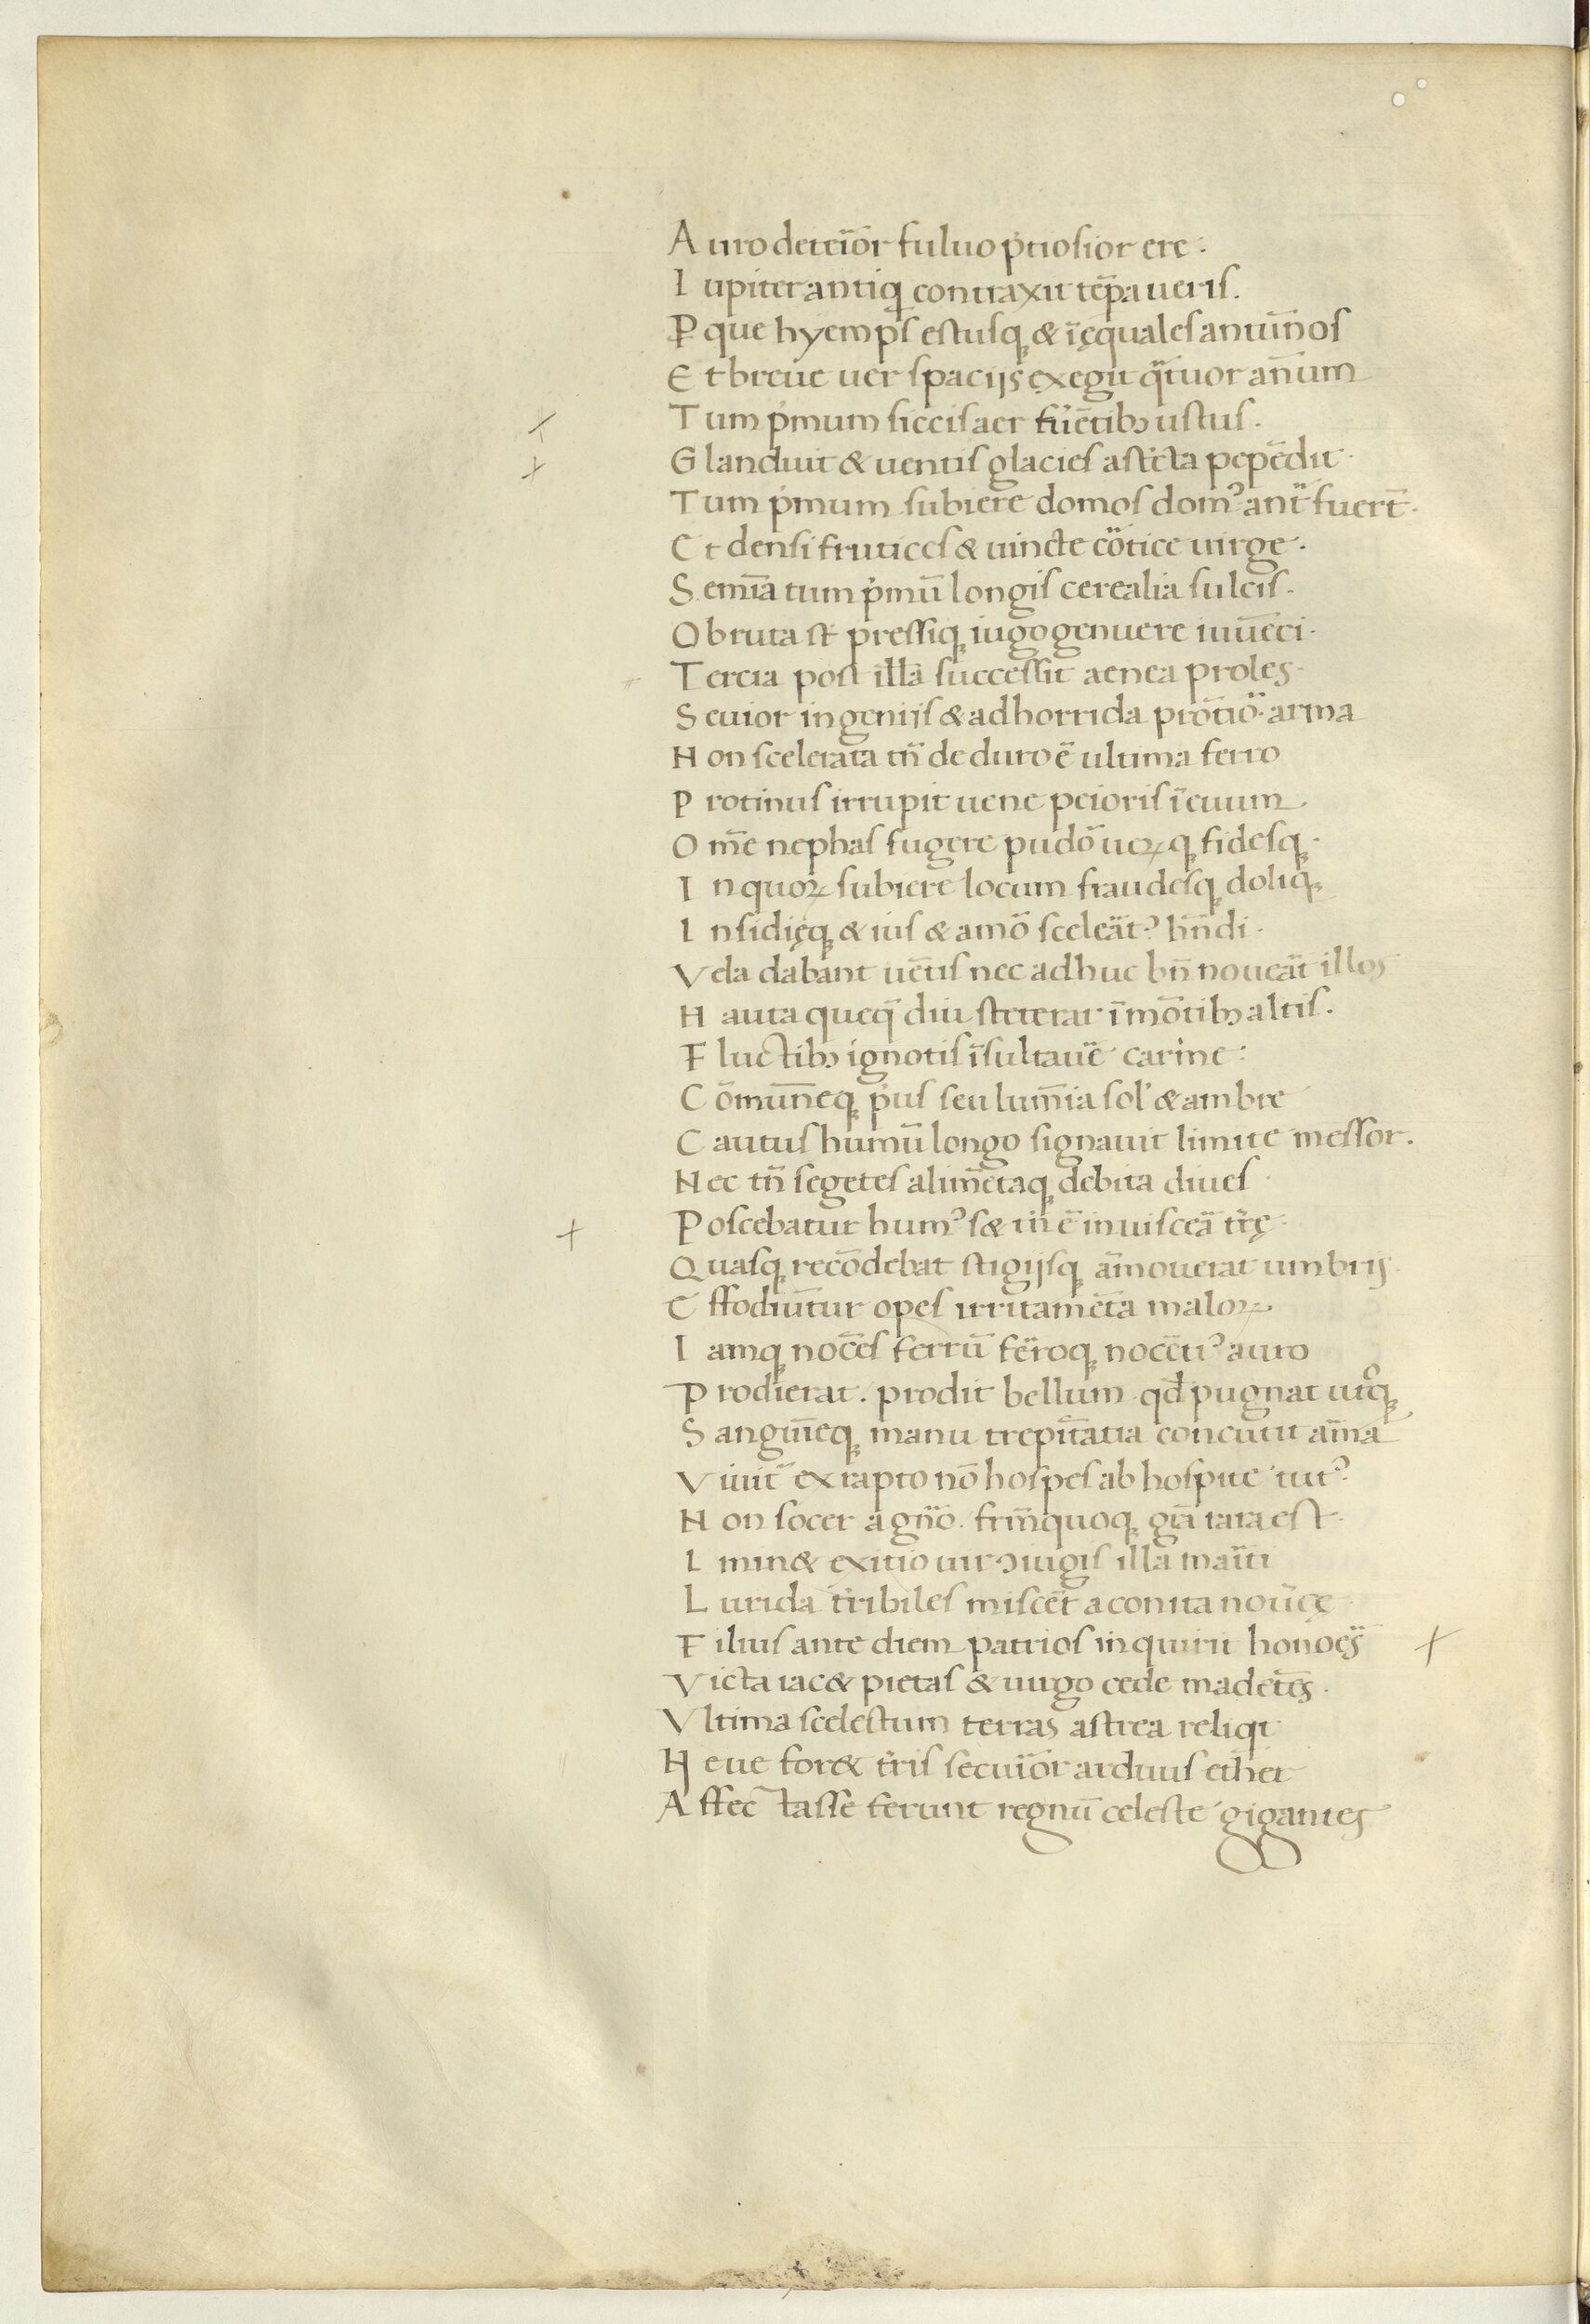
Shelfmark: Paris, BnF, Arsenal ms. 1046
Century: 15